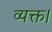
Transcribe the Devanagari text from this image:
व्यक्त।